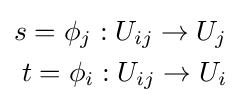
{\begin{aligned}s=\phi _{j}:U_{ij}\to U_{j}\\t=\phi _{i}:U_{ij}\to U_{i}\end{aligned}}